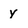
Character: y